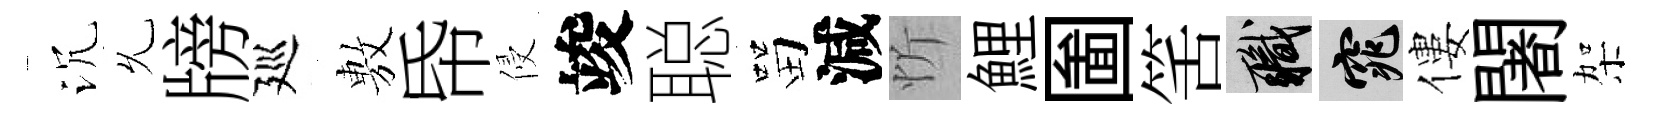
沉𠃔牓廵𢾾帋侵竣聪㽞減忻鯉圗筈職窕僂闍架